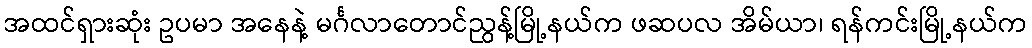
အထင်ရှားဆုံး ဥပမာ အနေနဲ့ မင်္ဂလာတောင်ညွန့်မြို့နယ်က ဖဆပလ အိမ်ယာ၊ ရန်ကင်းမြို့နယ်က